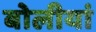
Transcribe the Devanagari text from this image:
बोलीयां